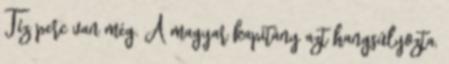
Tíz perc van még. A magyar kapitány azt hangsúlyozta,